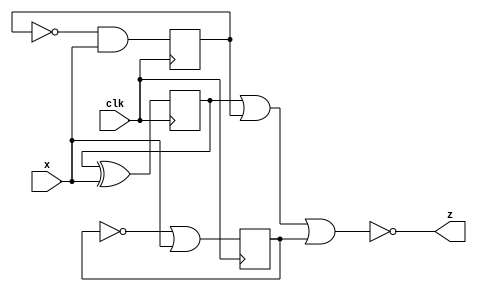
module top_module(
    input x,
    input clk,

    output z



);

wire q1,q2,q3;
    always @(posedge clk) begin
        q1<=q1^x;
        q2<=~q2&x;
        q3<=~q3|x;

    end
assign z=~(q1|q2|q3);

endmodule